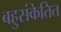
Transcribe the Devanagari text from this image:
बहुसंकेतित